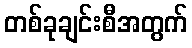
တစ်ခုချင်းစီအတွက်